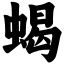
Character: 蝎